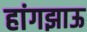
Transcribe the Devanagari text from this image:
हांगझाऊ